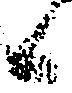
候